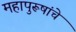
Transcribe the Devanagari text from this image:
महापुरूषांचे